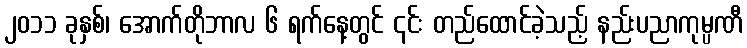
၂၀၁၁ ခုနှစ်၊ အောက်တိုဘာလ ၆ ရက်နေ့တွင် ၎င်း တည်ထောင်ခဲ့သည့် နည်းပညာကုမ္ပဏီ